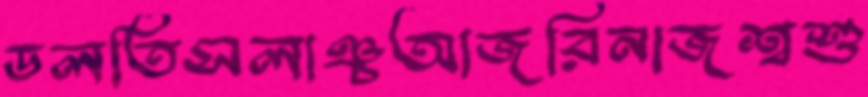
ডলতিসলাঞ্চআজরিনাজশ্বশু